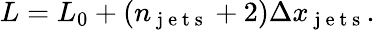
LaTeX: L=L_{0}+\left(n_{\mathrm{~j~e~t~s~}}+2\right)\Delta x_{\mathrm{~j~e~t~s~}}.